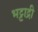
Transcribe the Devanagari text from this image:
भट्टाद्री